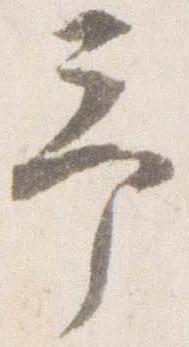
予